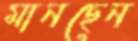
মানছেন